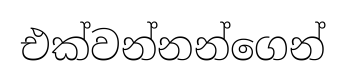
එක්වන්නන්ගෙන්